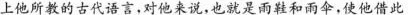
上他所教的古代语言，对他来说，也就是雨鞋和雨伞，使他借此